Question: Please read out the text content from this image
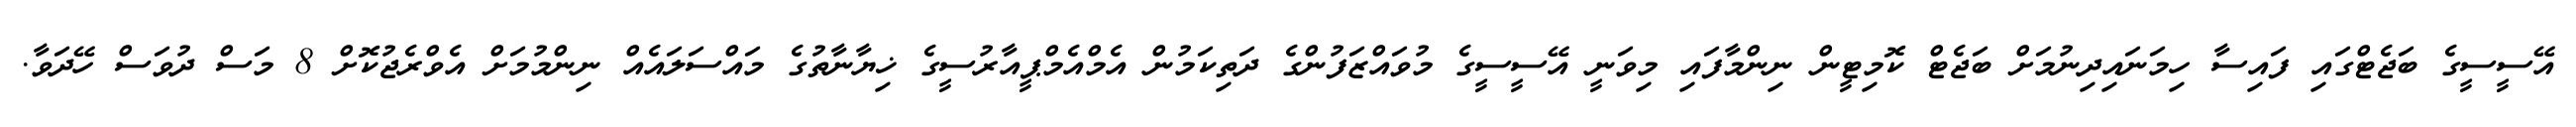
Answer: އޭސީސީގެ ބަޖެޓްގައި ފައިސާ ހިމަނައިދިނުމަށް ބަޖެޓް ކޮމިޓީން ނިންމާފައި މިވަނީ އޭސީސީގެ މުވައްޒަފުންގެ ދަތިކަމުން އެމްއެމްޕީއާރުސީގެ ޚިޔާނާތުގެ މައްސަލައެއް ނިންމުމަށް އެވްރެޖުކޮށް 8 މަސް ދުވަސް ހޭދަވާ.